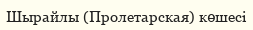
Шырайлы (Пролетарская) көшесі